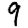
Digit: 9